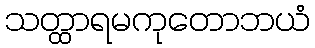
သတ္ထာရမကုတောဘယံ